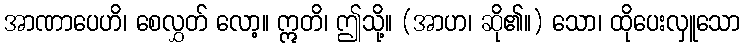
အာဏာပေဟိ၊ စေလွှတ် လော့။ ဣတိ၊ ဤသို့။ (အာဟ၊ ဆို၏။) သော၊ ထိုပေးလှူသော